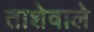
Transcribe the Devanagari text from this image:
ताशेवाले